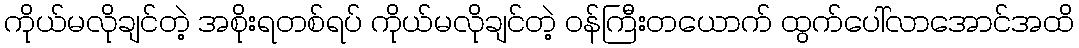
ကိုယ်မလိုချင်တဲ့ အစိုးရတစ်ရပ် ကိုယ်မလိုချင်တဲ့ ဝန်ကြီးတယောက် ထွက်ပေါ်လာအောင်အထိ